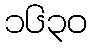
၁၆၃၀